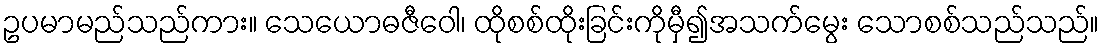
ဥပမာမည်သည်ကား။ သေယောဓဇီဝေါ၊ ထိုစစ်ထိုးခြင်းကိုမှီ၍အသက်မွေး သောစစ်သည်သည်။